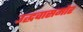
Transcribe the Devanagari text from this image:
उद्धवासमोर